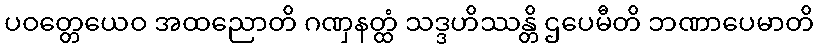
ပဝတ္တေယေဝ အထညောတိ ဂဏှနတ္ထံ သဒ္ဒဟိဿန္တိ ဌပေမီတိ ဘဏာပေမာတိ